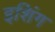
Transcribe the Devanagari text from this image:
इशिंग